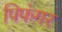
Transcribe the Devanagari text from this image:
पिफंगर